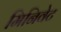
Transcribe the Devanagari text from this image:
मिनिवेट